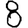
Digit: 8